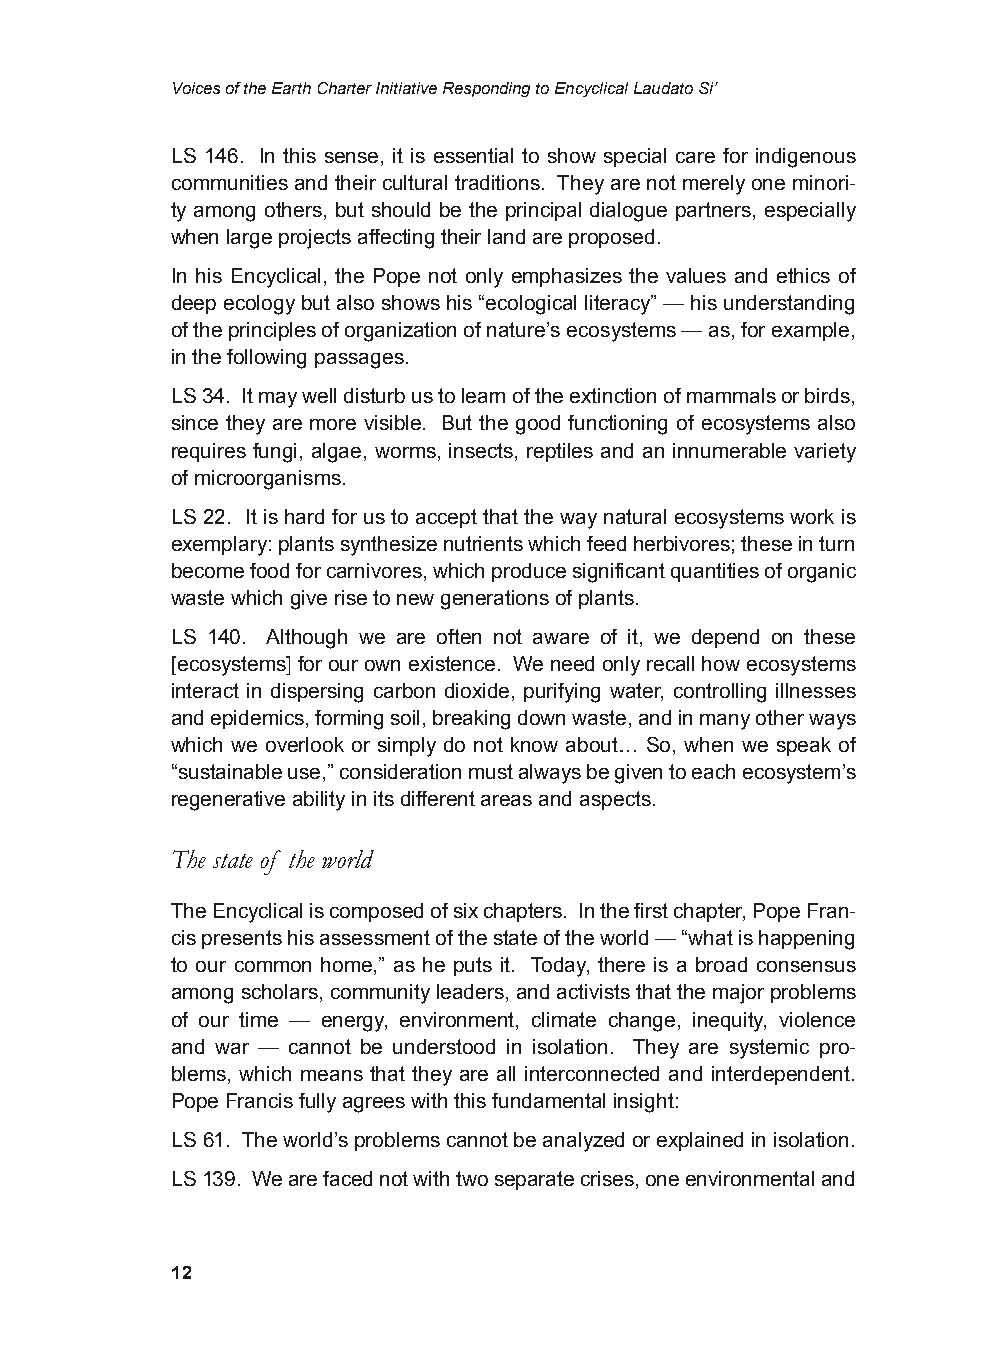
Voices of the Earth Charter Initiative Responding to Encyclical Laudato Si’
 LS 146. In this sense, it is essential to show special care for indigenous
 communities and their cultural traditions. They are not merely one minori-
 ty among others, but should be the principal dialogue partners, especially
 when large projects affecting their land are proposed.
 In his Encyclical, the Pope not only emphasizes the values and ethics of
 deep ecology but also shows his “ecological literacy” — his understanding
 of the principles of organization of nature’s ecosystems — as, for example,
 in the following passages.
 LS 34. It may well disturb us to learn of the extinction of mammals or birds,
 since they are more visible. But the good functioning of ecosystems also
 requires fungi, algae, worms, insects, reptiles and an innumerable variety
 of microorganisms.
 LS 22. It is hard for us to accept that the way natural ecosystems work is
 exemplary: plants synthesize nutrients which feed herbivores; these in turn
 become food for carnivores, which produce significant quantities of organic
 waste which give rise to new generations of plants.
 LS 140. Although we are often not aware of it, we depend on these
 [ecosystems] for our own existence. We need only recall how ecosystems
 interact in dispersing carbon dioxide, purifying water, controlling illnesses
 and epidemics, forming soil, breaking down waste, and in many other ways
 which we overlook or simply do not know about… So, when we speak of
 “sustainable use,” consideration must always be given to each ecosystem’s
 regenerative ability in its different areas and aspects.
 The state of the world
 The Encyclical is composed of six chapters. In the first chapter, Pope Fran-
 cis presents his assessment of the state of the world — “what is happening
 to our common home,” as he puts it. Today, there is a broad consensus
 among scholars, community leaders, and activists that the major problems
 of our time — energy, environment, climate change, inequity, violence
 and war — cannot be understood in isolation. They are systemic pro-
 blems, which means that they are all interconnected and interdependent.
 Pope Francis fully agrees with this fundamental insight:
 LS 61. The world’s problems cannot be analyzed or explained in isolation.
 LS 139. We are faced not with two separate crises, one environmental and
 12